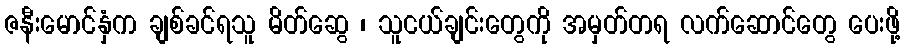
ဇနီးမောင်နှံက ချစ်ခင်ရသူ မိတ်ဆွေ ၊ သူငယ်ချင်းတွေကို အမှတ်တရ လက်ဆောင်တွေ ပေးဖို့